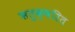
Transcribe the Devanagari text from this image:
ऋतुक्षरित